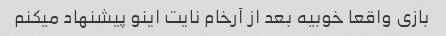
بازی واقعا خوبیه بعد از آرخام نایت اینو پیشنهاد میکنم